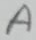
Text: A